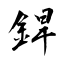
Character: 銲